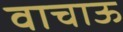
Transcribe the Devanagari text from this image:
वाचाऊ